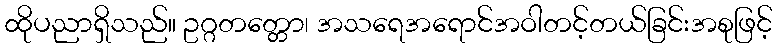
ထိုပညာရှိသည်။ ဥဂ္ဂတတ္တော၊ အသရေအရောင်အဝါတင့်တယ်ခြင်းအစုဖြင့်